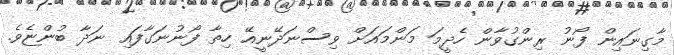
މާގިނައިން ފޯނު ރިންގުވާން ހެދީމަ މަންމައަށް ވިސްނަދޭނީއޭ ހިތާ ފޯނުނަގާފައި ނަދާ ބުންޏެވެ.